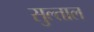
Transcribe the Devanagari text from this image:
सुल्ताल